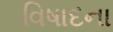
વિષાદના